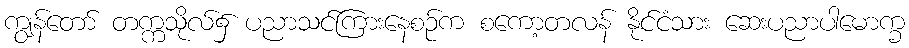
ကျွန်တော် တက္ကသိုလ်၌ ပညာသင်ကြားနေစဉ်က စကော့တလန် နိုင်ငံသား ဆေးပညာပါမောက္ခ